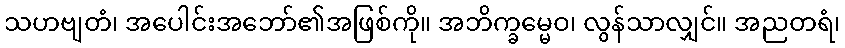
သဟဗျတံ၊ အပေါင်းအဘော်၏အဖြစ်ကို။ အဘိက္ခမ္မေဝ၊ လွန်သာလျှင်။ အညတရံ၊